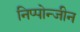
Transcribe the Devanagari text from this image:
निप्पोन्जीन